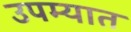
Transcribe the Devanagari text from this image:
उपम्यात